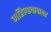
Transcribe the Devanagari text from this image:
महिलावादावर